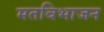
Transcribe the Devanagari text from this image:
मतविभाजन